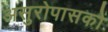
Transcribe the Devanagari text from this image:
असुरोपासकों